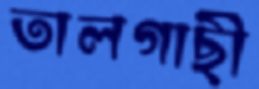
তালগাছী